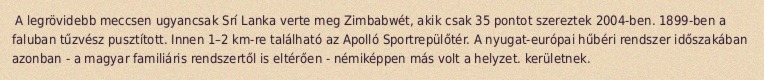
A legrövidebb meccsen ugyancsak Srí Lanka verte meg Zimbabwét, akik csak 35 pontot szereztek 2004-ben. 1899-ben a faluban tűzvész pusztított. Innen 1–2 km-re található az Apolló Sportrepülőtér. A nyugat-európai hűbéri rendszer időszakában azonban - a magyar familiáris rendszertől is eltérően - némiképpen más volt a helyzet. kerületnek.